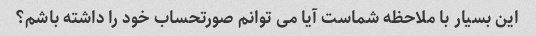
این بسیار با ملاحظه شماست آیا می توانم صورتحساب خود را داشته باشم؟